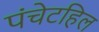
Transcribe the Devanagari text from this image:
पंचेटहिल